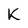
Character: K